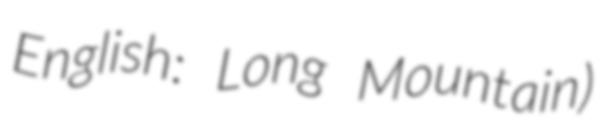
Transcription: English: Long Mountain)